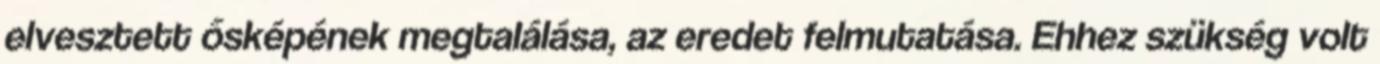
elvesztett ősképének megtalálása, az eredet felmutatása. Ehhez szükség volt